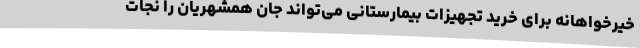
خیرخواهانه برای خرید تجهیزات بیمارستانی می‌تواند جان همشهریان را نجات